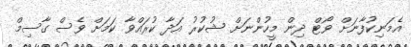
އެމަނިކުފާނަށް ވޯޓް ދިން މީހުންނަށް ޝުކުރު އަދާ ކުރައްވާ ކަމަށް ވެސް ގާސިމް